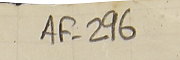
AF-296